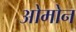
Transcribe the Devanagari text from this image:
ओमोन